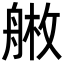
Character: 𦩚